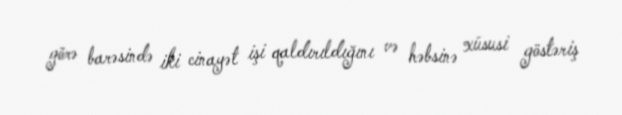
görə barəsində iki cinayət işi qaldırıldığını və həbsinə xüsusi göstəriş